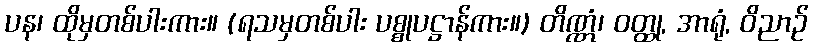
ပန၊ ထိုမှတစ်ပါးကား။ (ရသမှတစ်ပါး ပစ္စုပဋ္ဌာန်ကား။) တိဏ္ဏံ၊ ဝတ္ထု, အာရုံ, ဝိညာဉ်